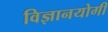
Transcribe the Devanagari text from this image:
विज्ञानयोगी